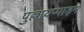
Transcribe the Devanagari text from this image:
पुल्लायप्पाड़म